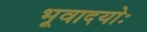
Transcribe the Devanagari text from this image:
भूवादयोः